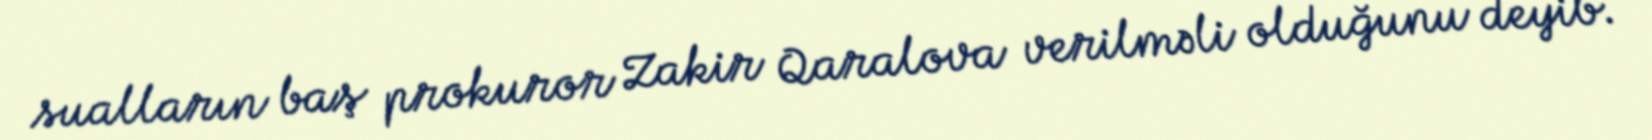
sualların baş prokuror Zakir Qaralova verilməli olduğunu deyib.